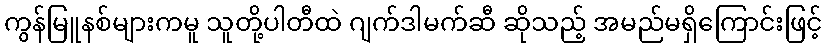
ကွန်မြူနစ်များကမူ သူတို့ပါတီထဲ ဂျက်ဒါမက်ဆီ ဆိုသည့် အမည်မရှိကြောင်းဖြင့်